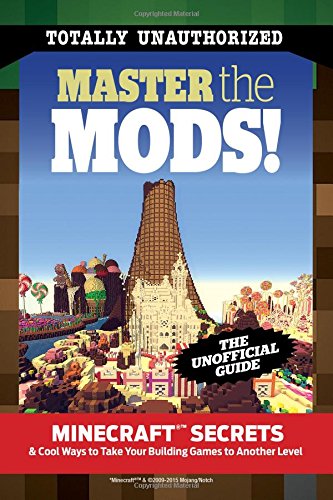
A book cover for Master the Mods!: MinecraftÂ®EE¢ Secrets & Cool Ways to Take Your Building Games to Another Level; Triumph Books; Humor & Entertainment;